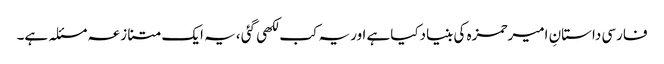
فارسی داستانِ امیرحمزہ کی بنیادکیاہے اوریہ کب لکھی گئی ،یہ ایک متنازعہ مسئلہ ہے۔